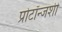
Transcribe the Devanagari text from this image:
प्रोटॉन्जशी